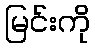
မြင်းကို